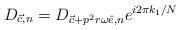
LaTeX: \begin{align*}D_{{\vec c},n} = D_{{\vec c}+p^{2}r\omega{\hat e},n}e^{i2\pi k_{1}/N}\end{align*}